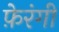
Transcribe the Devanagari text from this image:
फ़ेरंगी